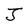
Character: J